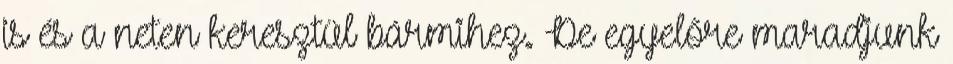
is és a neten keresztül bármihez. De egyelőre maradjunk